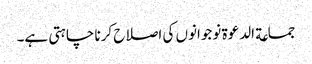
جماعة الدعوة نوجوانوں کی اصلاح کرنا چاہتی ہے۔